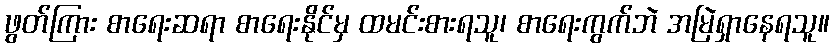
ဖွတ်ကြား စာရေးဆရာ စာရေးနိုင်မှ ထမင်းစားရသူ၊ စာရေးကွက်ဘဲ အမြဲရှာနေရသူ။